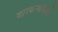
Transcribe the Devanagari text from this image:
वारकर्‍यांनाही